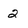
Character: 2